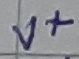
Text: V+